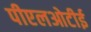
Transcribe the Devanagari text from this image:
पीएलओटीई